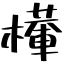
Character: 檋